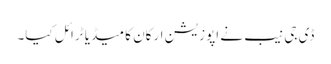
ڈی جی نیب نے اپوزیشن ارکان کا میڈیا ٹرائل کیا۔